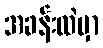
အခန်းထဲမှာ